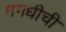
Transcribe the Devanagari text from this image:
मगधीची